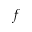
f